Civil Veterinary Department. Central Provinces & Berar 1932-41 - 1932-1941
Year: 1932
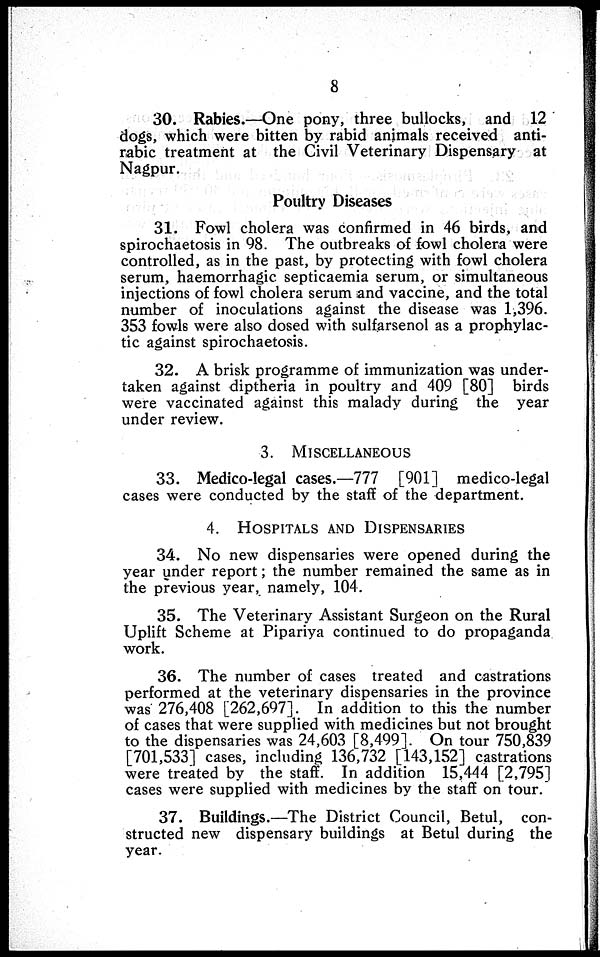
8
30. Rabies.—One pony, three bullocks, and 12
dogs, which were bitten by rabid animals received anti-
rabic treatment at the Civil Veterinary Dispensary at
Nagpur.
Poultry Diseases
31. Fowl cholera was confirmed in 46 birds, and
spirochaetosis in 98. The outbreaks of fowl cholera were
controlled, as in the past, by protecting with fowl cholera
serum, haemorrhagic septicaemia serum, or simultaneous
injections of fowl cholera serum and vaccine, and the total
number of inoculations against the disease was 1,396.
353 fowls were also dosed with sulfarsenol as a prophylac-
tic against spirochaetosis.
32. A brisk programme of immunization was under-
taken against diptheria in poultry and 409 [80] birds
were vaccinated against this malady during the year
under review.
3. MISCELLANEOUS
33. Medico-legal cases.—777 [901] medico-legal
cases were conducted by the staff of the department.
4. HOSPITAL AND DISPENSARIES
34. No new dispensaries were opened during the
year under report; the number remained the same as in
the previous year, namely, 104.
35. The Veterinary Assistant Surgeon on the Rural
Uplift Scheme at Pipariya continued to do propaganda
work.
36. The number of cases treated and castrations
performed at the veterinary dispensaries in the province
was 276,408 [262,697]. In addition to this the number
of cases that were supplied with medicines but not brought
to the dispensaries was 24,603 [8,499]. On tour 750,839
[701,533] cases, including 136,732 [143,152] castrations
were treated by the staff. In addition 15,444 [2,795]
cases were supplied with medicines by the staff on tour.
37. Buildings.—The District Council, Betul, con-
structed new dispensary buildings at Betul during the
year.